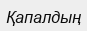
Қапалдың